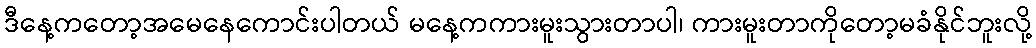
ဒီနေ့ကတော့အမေနေကောင်းပါတယ် မနေ့ကကားမူးသွားတာပါ၊ ကားမူးတာကိုတော့မခံနိုင်ဘူးလို့